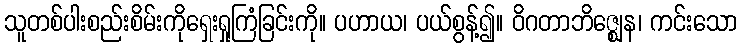
သူတစ်ပါးစည်းစိမ်းကိုရှေးရှုကြံခြင်းကို။ ပဟာယ၊ ပယ်စွန့်၍။ ဝိဂတာဘိဇ္ဈေန၊ ကင်းသော